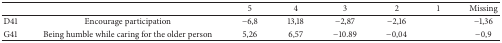
|  |  | 5 | 4 | 3 | 2 | 1 | Missing |
 | --- | --- | --- | --- | --- | --- | --- | --- |
 | D41 | Encourage participation | −6,8 | 13,18 | −2,87 | −2,16 |  | −1,36 |
 | G41 | Being humble while caring for the older person | 5,26 | 6,57 | −10.89 | −0,04 |  | −0,9 |